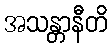
အသန္တာနီတိ